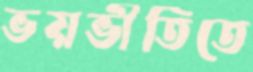
ভয়ভীতিতে